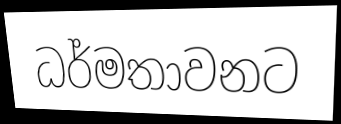
ධර්මතාවනට